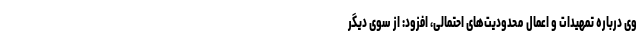
وی درباره تمهیدات و اعمال محدودیت‌های احتمالی، افزود: از سوی دیگر